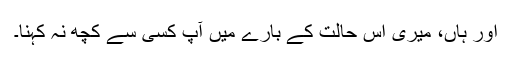
اور ہاں، میری اس حالت کے بارے میں آپ کسی سے کچھ نہ کہنا۔